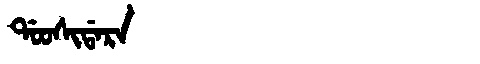
Manchu: ᡩᠣᠣᠰᡳᡩᠠᡵᠠ
Romanization: DOOSIDARA